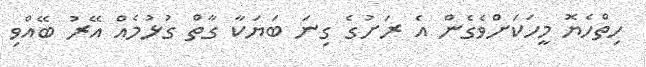
ހިތްހެޔޮ މީހަކަށްވެގެން އެ ރަށުގެ ގިނަ ބަޔަކާ ގާތް ގުޅުމެއް އޭރު ބޭއްވި